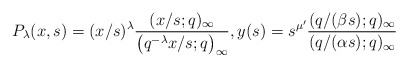
\begin{align*}& P_{\lambda}(x, s) = (x/s)^{\lambda} \frac{(x/s;q)_{\infty}}{\big(q^{-\lambda} x/s ;q\big)_{\infty}}, y(s)=s^{\mu '} \frac{(q/(\beta s);q)_{\infty}}{(q/(\alpha s);q)_{\infty}}\end{align*}